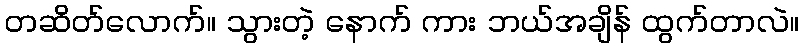
တဆိတ်လောက်။ သွားတဲ့ နောက် ကား ဘယ်အချိန် ထွက်တာလဲ။